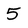
Character: 5